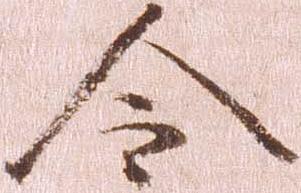
令